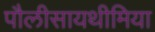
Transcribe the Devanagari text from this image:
पौलीसायथीमिया